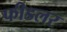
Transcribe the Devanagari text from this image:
फीडलर